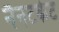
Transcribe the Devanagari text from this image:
नैनटकेट